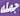
جملە